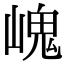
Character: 㟴